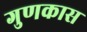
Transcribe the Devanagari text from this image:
गुणकास